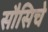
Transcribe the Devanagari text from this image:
सौसिचे